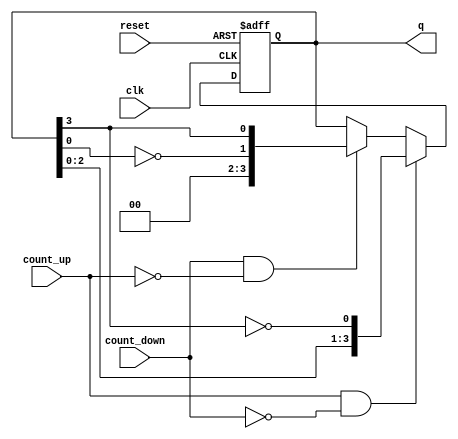
module bidirectional_johnson_counter (
    input wire clk,           // Clock input
    input wire reset,         // Asynchronous reset
    input wire count_up,      // Count up control signal
    input wire count_down,    // Count down control signal
    output reg [N-1:0] q      // Output state of the counter
);
    parameter N = 4;          // Number of flip-flops (adjust as needed)

    // Internal signal to determine next state
    reg [N-1:0] next_state;

    always @(posedge clk or posedge reset) begin
        if (reset) begin
            q <= 0;           // Reset the counter to 0
        end else begin
            q <= next_state;  // Update the state on clock edge
        end
    end

    always @(*) begin
        // Default next state to current state
        next_state = q;

        if (count_up && !count_down) begin
            // Johnson counting up logic
            next_state = {q[N-2:0], ~q[N-1]}; // Shift left and invert last bit
        end else if (count_down && !count_up) begin
            // Johnson counting down logic
            next_state = {~q[0], q[N-1:N-1]}; // Shift right and invert first bit
        end
    end

endmodule